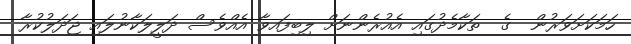
ހަމަކަށަވަރުން  ގެ  ތަކާމެދުގައި އެއުރެންނަށް ލިބިފައވާ އެއްވެސް ދަލީލަކާނުލައި ޖަދަލުކުރާ